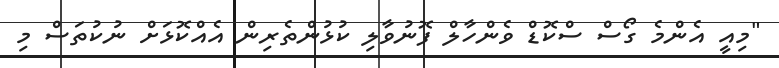
"މިއީ އެންމެ ގޯސް ސްކޮޑް ވެންހާލް ފޮނުވާލި ކުޅުންތެރިން އެއްކޮޅަށް ނުކުތަސް މި